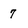
Character: 7